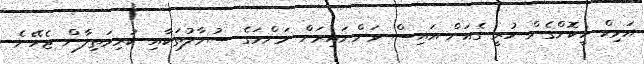
އަވިކް ހީކޮށްގެން ހުރީ ގެއަށް އައިސް ވަންނައިރަށް މަންމަގެ ސުވާލުތަކާއި ކުރިމަތިލާން ޖެހޭނެ